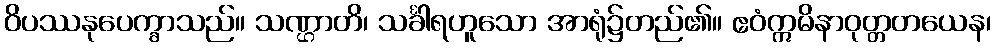
ဝိပဿနုပေက္ခာသည်။ သဏ္ဌာတိ၊ သင်္ခါရဟူသော အာရုံ၌တည်၏။ ဧဝံဣမိနာဝုတ္တတယေန၊